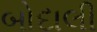
બોદાલી